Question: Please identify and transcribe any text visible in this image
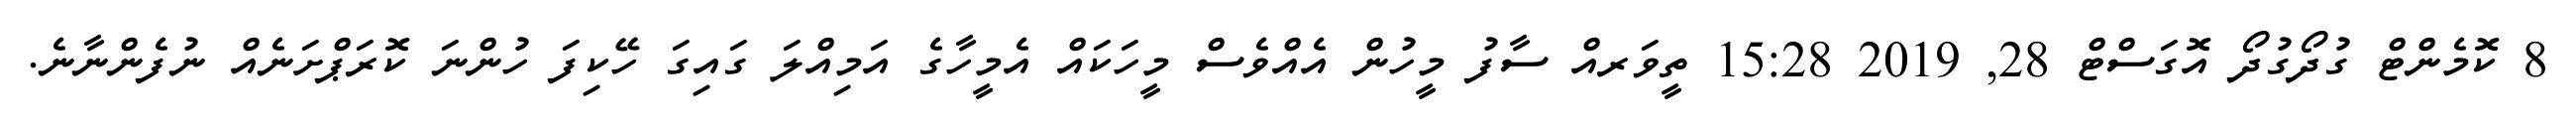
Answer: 8 ކޮމެންޓް ގުދޯގުދޯ އޮގަސްޓް 28, 2019 15:28 ތީވަރއް ސާފު މީހުން އެއްވެސް މީހަކައް އެމީހާގެ އަމިއްލަ ގައިގަ ހޭކިފަ ހުންނަ ކޮރަޕްށަނެއް ނުފެންނާނެ.